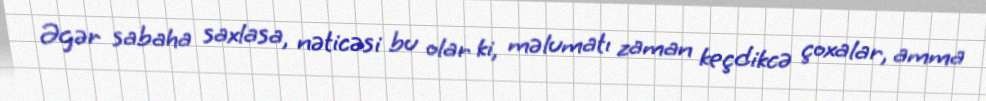
Əgər sabaha saxlasa, nəticəsi bu olar ki, məlumatı zaman keçdikcə çoxalar, amma